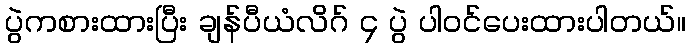
ပွဲကစားထားပြီး ချန်ပီယံလိဂ် ၄ ပွဲ ပါဝင်ပေးထားပါတယ်။